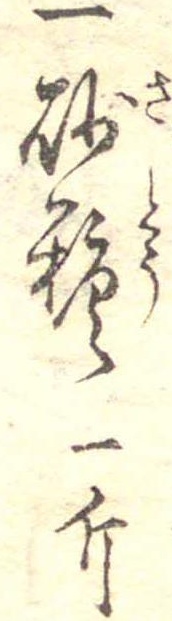
一砂糖一斤